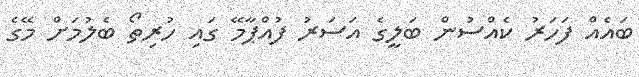
ބައެއް ފަހަރު ކެއްސުން ބަލީގެ އަސަރު ފުއްޕާމޭ ގައި ހުރިތޯ ބެލުމަށް މޭގެ